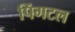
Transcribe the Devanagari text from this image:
पिंगटल